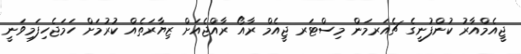
ޖީއެމްއާރު ކުންފުނީގެ ޗެއަރމަން މިސްޓަރ ޖީއެމް ރާއޯ ރާއްޖެއަށް ޒިޔާރަތެއް ކުރުމަށް ހަމަޖެހިފަމިވަނީ